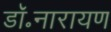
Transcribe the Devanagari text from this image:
डॉ॰नारायण